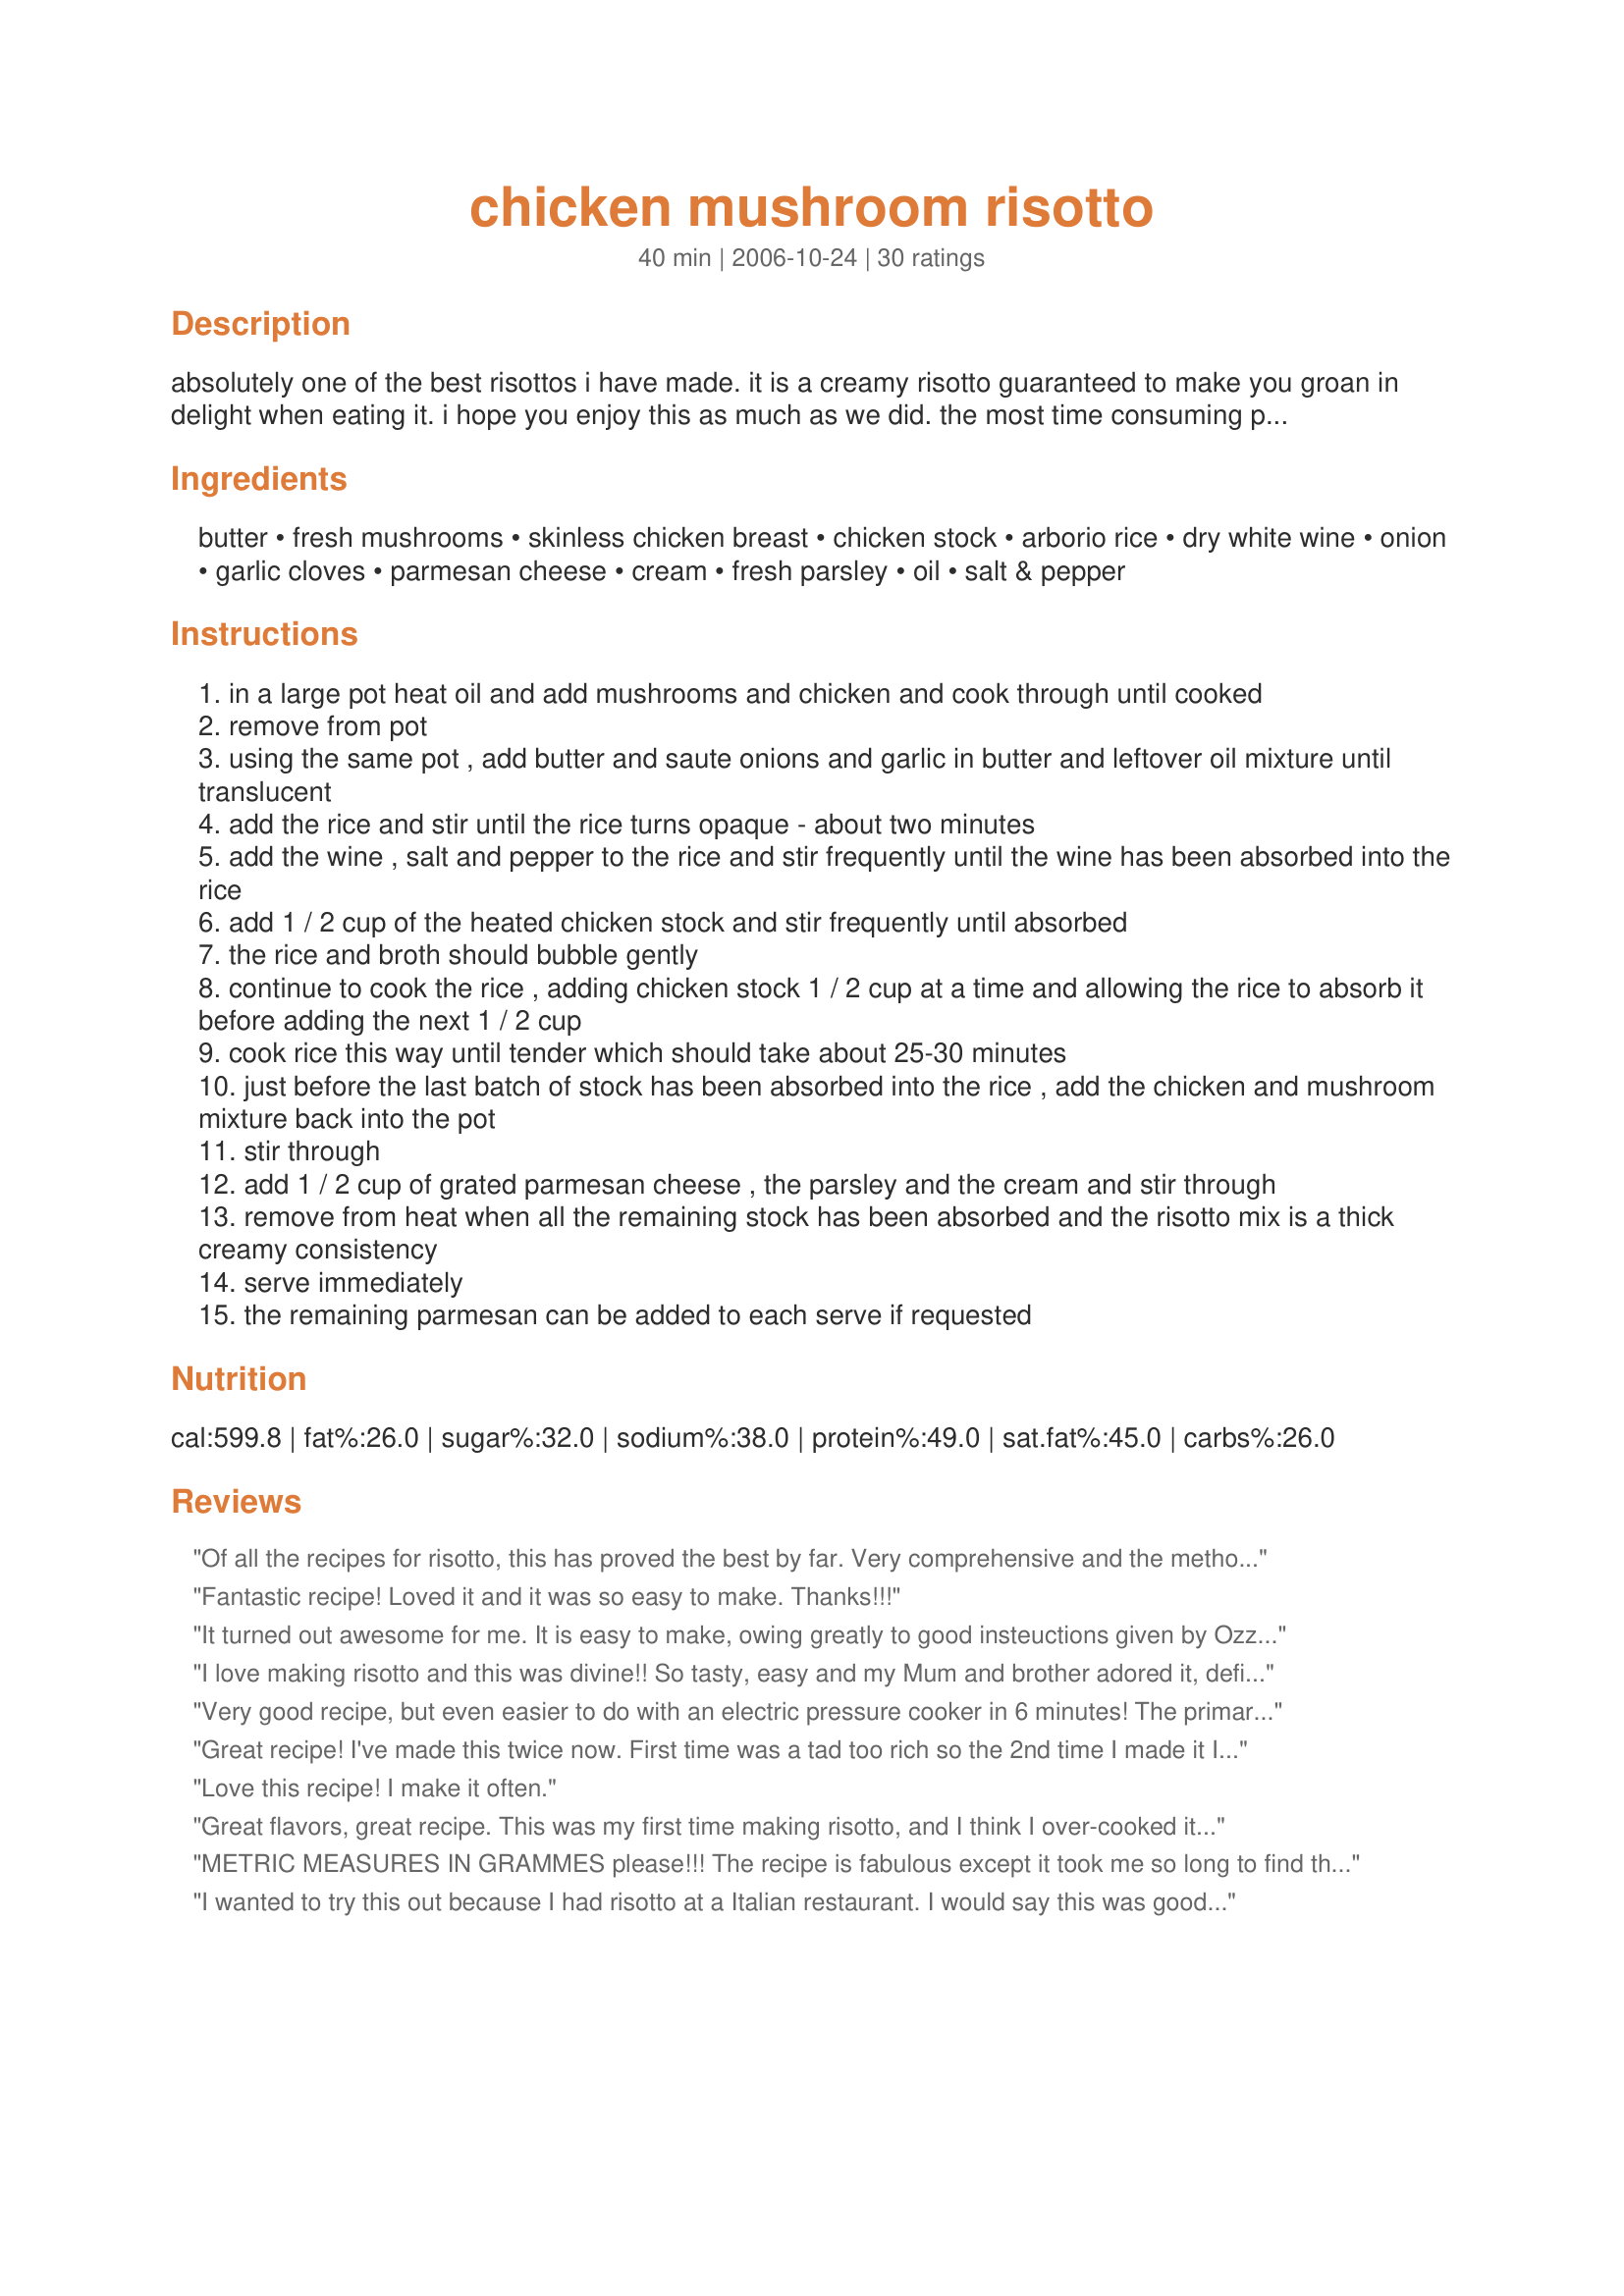
chicken mushroom risotto
Preparation time: 40 minutes

absolutely one of the best risottos i have made. it is a creamy risotto guaranteed to make you groan in delight when eating it. i hope you enjoy this as much as we did. the most time consuming part is all the stirring - but its good for the arms!!

Ingredients:
butter, fresh mushrooms, skinless chicken breast, chicken stock, arborio rice, dry white wine, onion, garlic cloves, parmesan cheese, cream, fresh parsley, oil, salt & pepper

Steps:
in a large pot heat oil and add mushrooms and chicken and cook through until cooked
remove from pot
using the same pot , add butter and saute onions and garlic in butter and leftover oil mixture until translucent
add the rice and stir until the rice turns opaque - about two minutes
add the wine , salt and pepper to the rice and stir frequently until the wine has been absorbed into the rice
add 1 / 2 cup of the heated chicken stock and stir frequently until absorbed
the rice and broth should bubble gently
continue to cook the rice , adding chicken stock 1 / 2 cup at a time and allowing the rice to absorb it before adding the next 1 / 2 cup
cook rice this way until tender which should take about 25-30 minutes
just before the last batch of stock has been absorbed into the rice , add the chicken and mushroom mixture back into the pot
stir through
add 1 / 2 cup of grated parmesan cheese , the parsley and the cream and stir through
remove from heat when all the remaining stock has been absorbed and the risotto mix is a thick creamy consistency
serve immediately
the remaining parmesan can be added to each serve if requested

Reviews:
Of all the recipes for risotto, this has proved the best by far. Very comprehensive and the method can be adapted for other flavors such as spinach and tomato (great with lamb cutlets). A bit time intensive but well worth it!
Fantastic recipe! Loved it and it was so easy to make. Thanks!!!
It turned out awesome for me. It is easy to make, owing greatly to good insteuctions given by Ozzygirl. I made two little changes though. I used broth which was half chicken half mushroom (in the recipe it is only chicken), and I didn't use cherry tomatoes - I simply forgot to buy them.
I love making risotto and this was divine!! So tasty, easy and my Mum and brother adored it, definitely one to add to the list!!
Very good recipe, but even easier to do with an electric pressure cooker in 6 minutes! The primary reason I'd first purchased a pressure cooker was because they make absolutely Perfect risotto! No stirring necessary. It requires less liquid in a PC, only 4 cups chicken stock for the 1 1/2 cups arborio rice. The meat, veg, and rice can be saut&eacute;ed in the butter right in the pot (I add a bit of olive oil too), add the liquids, cook at pressure for 6 minutes. When done, stir in the cheese, and the optional cream if using that, and garnish with parsley. Quick, easy, perfect texture, perfectly creamy, even without adding cream.
Great recipe! I've made this twice now. First time was a tad too rich so the 2nd time I made it I used less cream(1 tablespoon) and parmesan (1/2 cup) and it was perfect! Thanks. :)
Love this recipe! I make it often.
Great flavors, great recipe. This was my first time making risotto, and I think I over-cooked it- it was a litte mushy. Will try it again and will watch the clock more closely to add liquid over the time specified. Still yummy though!
METRIC MEASURES IN GRAMMES please!!! The recipe is fabulous except it took me so long to find the non-US measurements :-( I did click on the &#039;metric&#039; button, but it just gives liquid measures (ml) for dry ingredients- pointless! So, if this helps anyone else here we go with metric conversions for the dry ingredients: Mushrooms,sliced=190g (2 1/2 cups); arborio rice= 330g (1 1/2 cups); parmesan grated = 100g (1 cup)
I wanted to try this out because I had risotto at a Italian restaurant. I would say this was good, but I don&#039;t think I like it enough to make it again. It&#039;s not restaurant-quality but then I just recently started to cook lol, so I don&#039;t know. I am glad I skipped the cream cause this dish is already very creamy as it is. This dish kinda tasted like alfredo pasta because of the parmesan.
Oh. My. God. This is awesome. I will definitely be cooking this again!
I added some sliced red peppers with the mushrooms and a bit of cayenne pepper to give the dish some extra spicy niceness
Muy rico!
My favorite risotto. Just like my favorite italian restaurant. Have made it many time and turns out beautiful everytime.
This was really good. I'm just starting to cook risotto (I thought it was too hard for me before!) but I really enjoyed the simplicity and the great taste of this recipe. Thanks for sharing!
Excellent dish! My wife and I worked together to produce this on a cold, rainy Sunday night.
Great recipe. I leave out the cream for a healthier version and spinach....yum
This recipe is amazing! I've done this about 15 times and it's delicious and so simple! I don't put in the cream as to keep it a bit healthier but the texture is still creamy without the cream!!<br/><br/>This recipe is one of my favorites! Makes about 4 small portions but fills you up well!!
Great recipe, very simple!
Have had this dish at East Side Mario's and loved it. Thought I'd give it a try. It's easy and delicious and it makes a LOT and it's very filling. It also looks nice and would be company-worthy. Can't say enough about it. Simply YUM!
Great recipe, very easy to follow, as it was my first attempt! To give a spanish twist I added chorizo and pancetta which worked really well together. Very tasty indeed, will definatley use this recipe again!
I really love this recipe. I make it for my husband on date night, and he devours it. It really does make you feel like you're having something special.
This turned out really good. I added bacon as per other reviews. Very rich in fflavour. Not excellent but very good and would make again. I skipped the cream.
Best ever risotto
I&#039;ve just taken up cooking and this recipe was very simple to make. It was my first time making risotto and I really enjoyed the meal. Thanx
Fantastic recipe. Love it and works every time. Tastes delicious thought he only criticism is the us to metric conversion. It's in ml which isn't very helpful so it's. A little bit of guessing here and there.
Easy to make &amp; tastes delish!
Ozzygirl, I was in the mood for a risotto dish when you posted this recipe. I am a veteran risotto maker so I know how labor-intensive making it can be, but the results are ALWAYS worth it. And your delish recipe was no exception. I received serious props for it last nite and am happy to say there is enough for a second go-round today! Thanks for sharing this one, Ozzygirl!
very tasty risotto. my family loved it... we added some bacon peices.. thank you for a great recipe, Easy to cook this was my second attempt at a risotto recipe. Turned out restaurant qualiity...
This was yummy! We didn't cook the rice for the whole 25mins though and also didn't add the cream but it still tasted great. Might add bacon next time :-)
